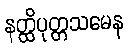
နတ္ထိပုတ္တသမေန